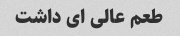
طعم عالی ای داشت